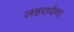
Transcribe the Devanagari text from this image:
लहरायेगा